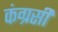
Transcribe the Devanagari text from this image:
कंग्रसी